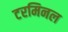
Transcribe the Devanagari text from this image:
टरमिनल